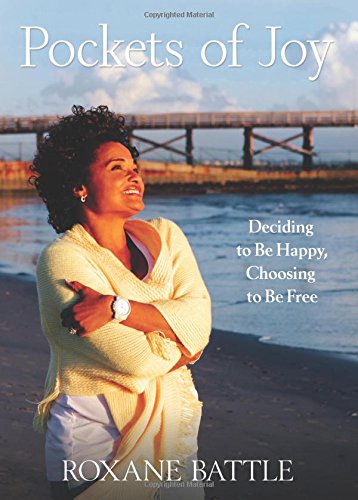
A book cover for Pockets of Joy: Deciding to Be Happy, Choosing to Be Free; Roxane Battle; Parenting & Relationships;